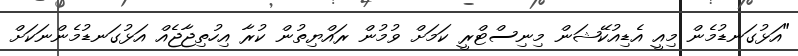
"އަޅުގަނޑުމެން މިއީ އެޑިއުކޭޝަން މިނިސްޓްރީ ކަމަށް ވުމުން ރައްޔިތުން ކުރާ އިހުތިޖާޖެއް އަޅުގަނޑުމެންނަކަށް